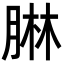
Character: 𦝃